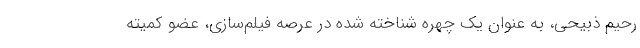
رحیم ذبیحی، به عنوان يک چهره شناخته شده در عرصه فيلم‌سازی، عضو كميته